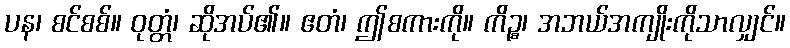
ပန၊ စင်စစ်။ ဝုတ္တံ၊ ဆိုအပ်၏။ ဧတံ၊ ဤစကားကို။ ကိဉ္စ၊ အဘယ်အကျိုးကိုသာလျှင်။